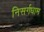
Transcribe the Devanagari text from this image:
निसर्गधाम